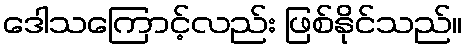
ဒေါသကြောင့်လည်း ဖြစ်နိုင်သည်။